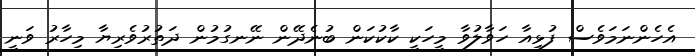
އެހެންނަމަވެސް ފުޅިއާ ހަވާލުވާ މީހަކީ ކާކުކަން ބުނެދޭން ނޭނގުމުން ދަތުރުވެރިޔާ މިހާރު ވަނީ